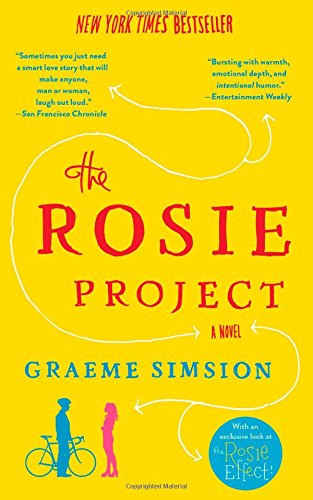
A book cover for The Rosie Project: A Novel; Graeme Simsion; Romance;